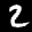
Label: 2